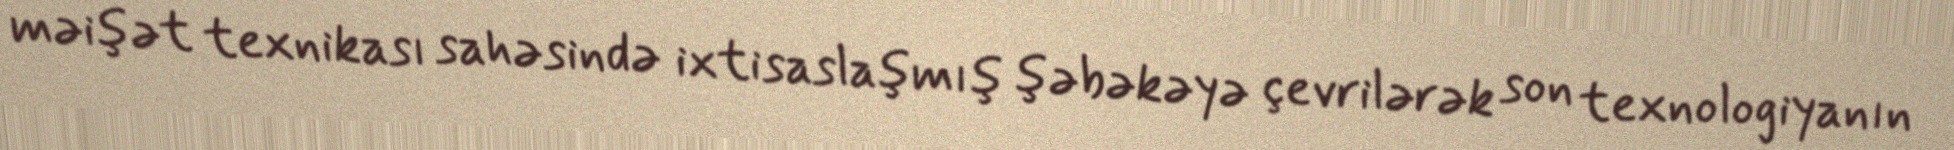
məişət texnikası sahəsində ixtisaslaşmış şəbəkəyə çevrilərək son texnologiyanın